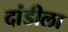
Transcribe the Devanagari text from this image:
दांडीला